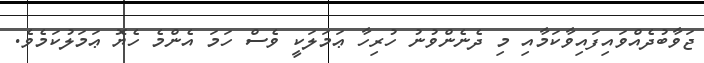
ޖަވާބުދެއްވައިފައިވާކަމާއި މި ދެނެންވުނު ހުރިހާ ޢަމަލަކީ ވެސް ހަމަ އެންމެ ހެޔޮ ޢަމަލުކަމެވެ.